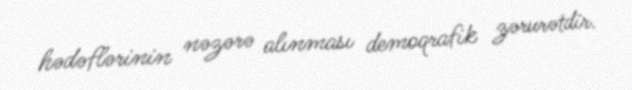
hədəflərinin nəzərə alınması demoqrafik zərurətdir.